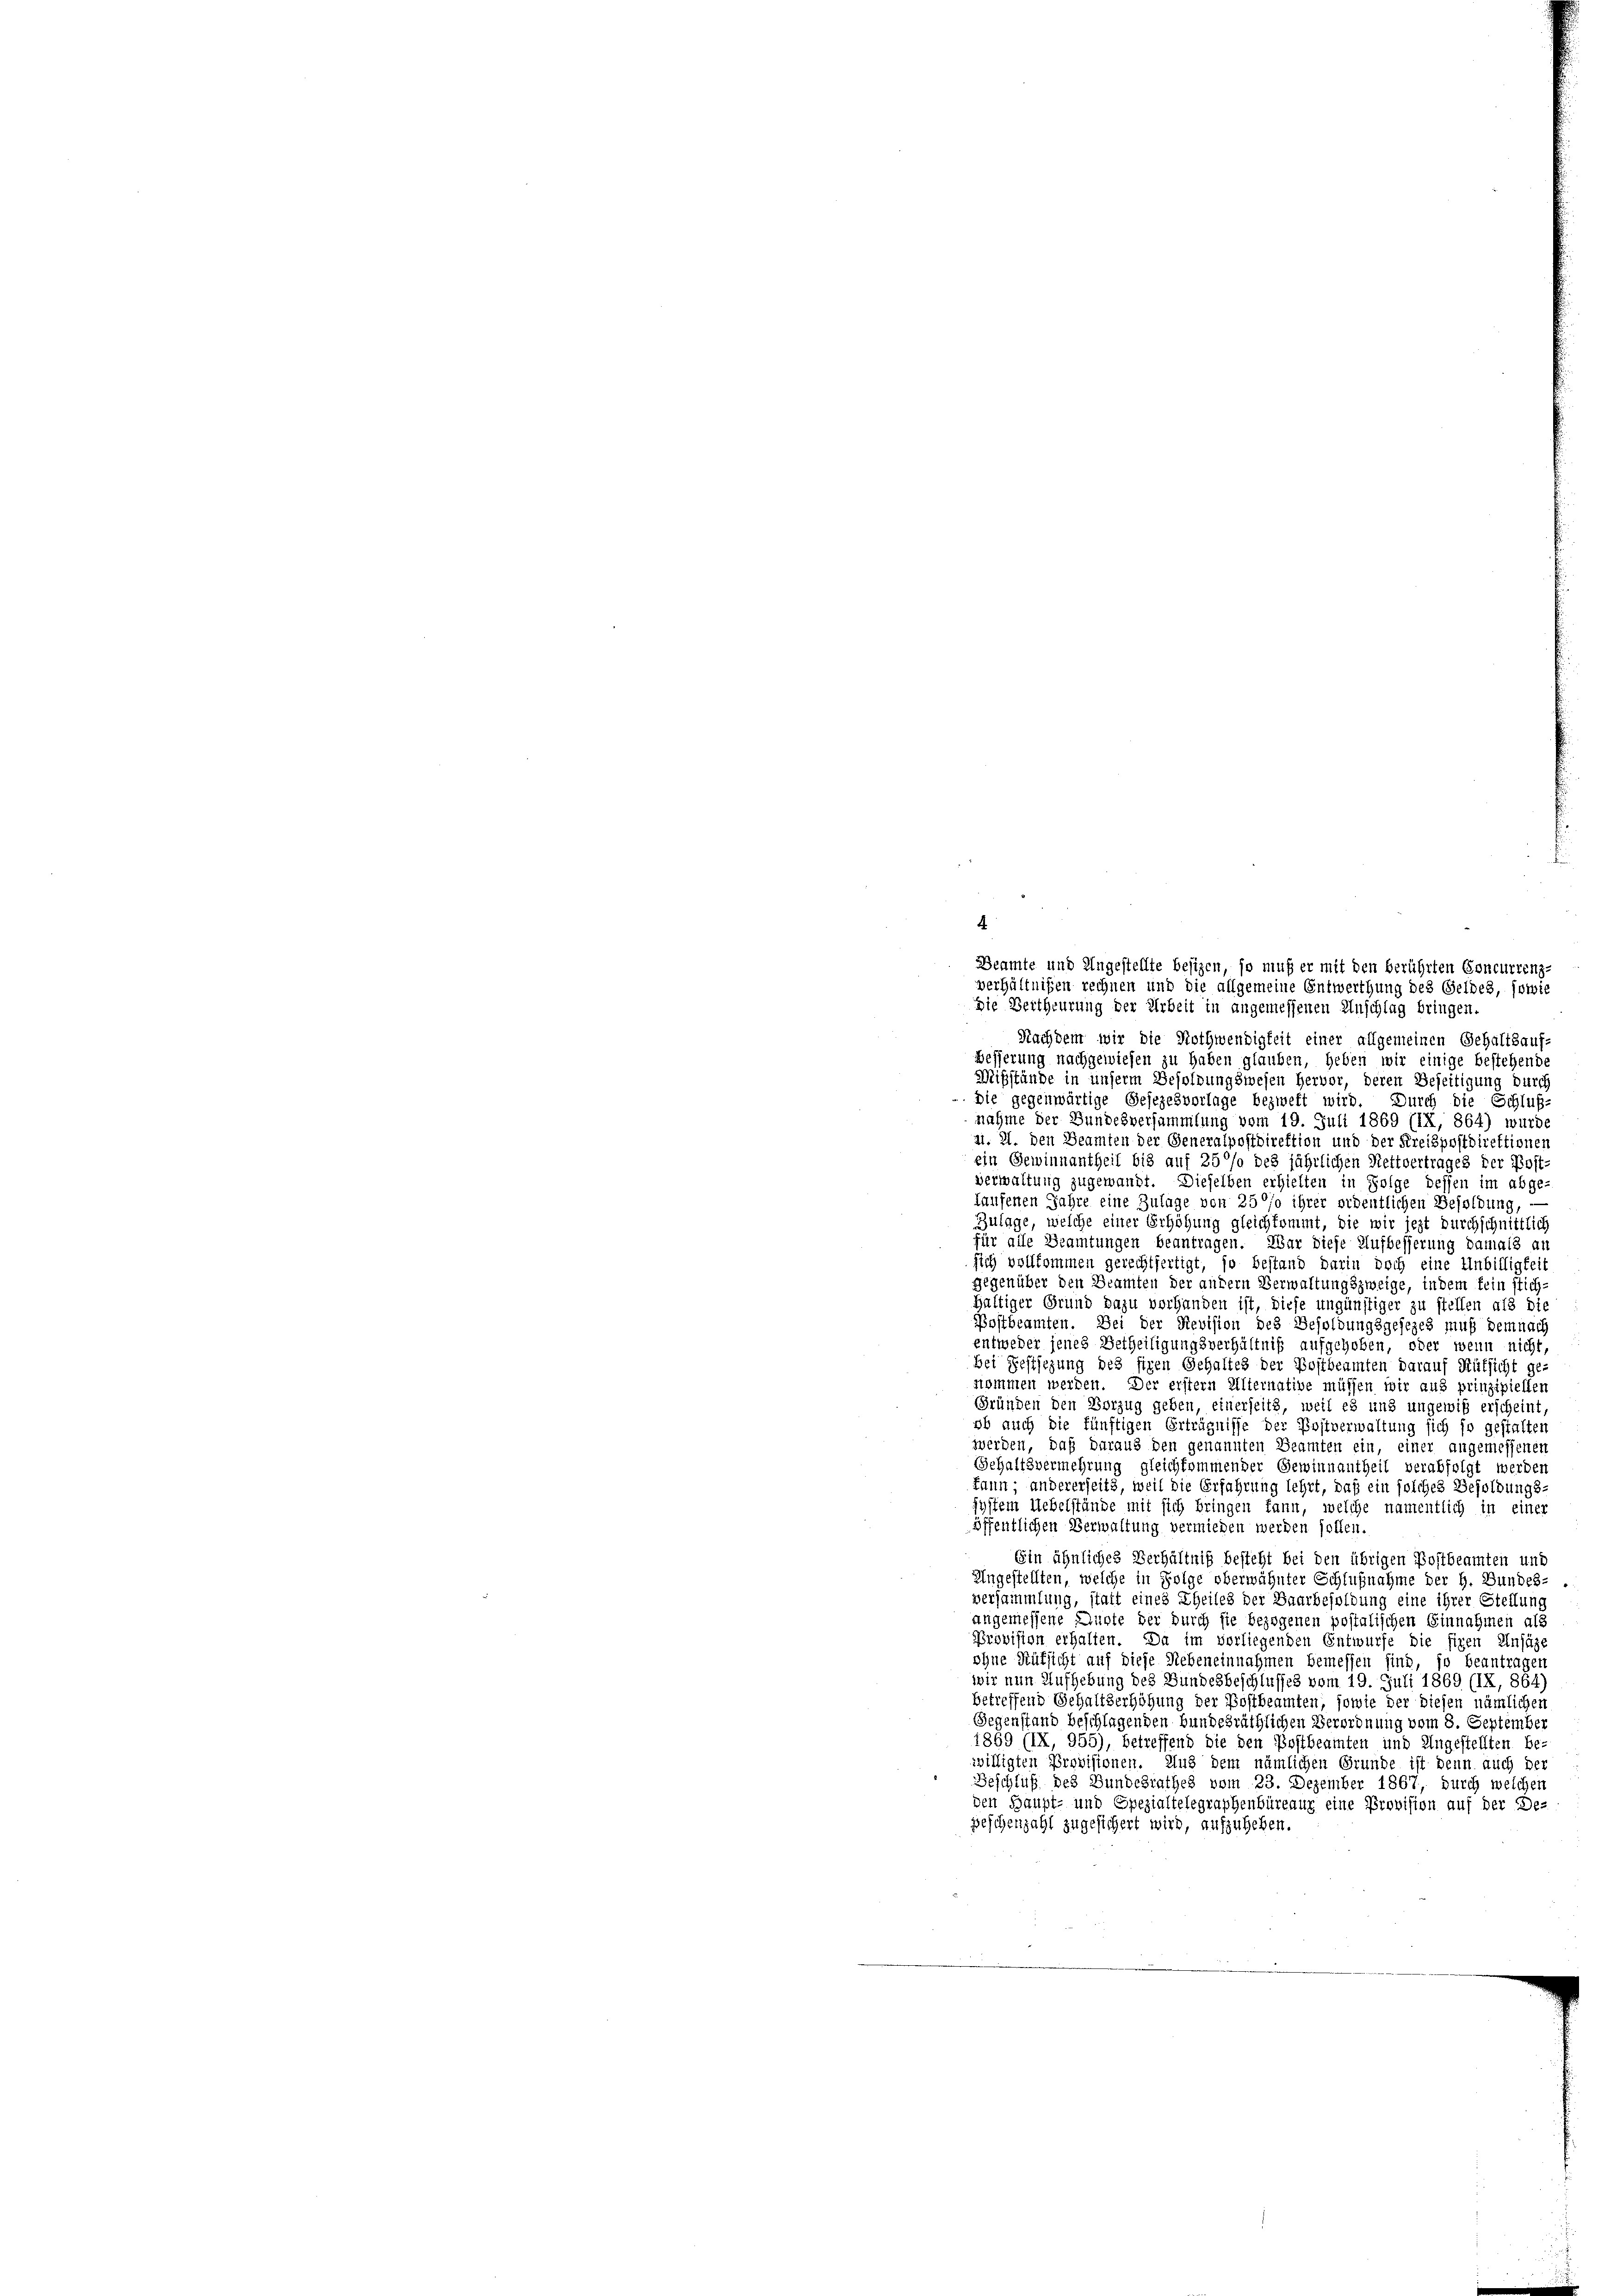
4
.
Beamte und Ungestellte besizen
muß er mit den berührten Concurrenz-
verhältnißen rechnen und die allgemeine Entwerthung des Geldes, sowie
Die Bertheurung der Arbeit in angemessenen Anschlag bringen.
Nachdem wir die Nothwendigkeit einer allgemeinen Gehaltsauf-
Besserung nachgewiesen zu haben glauben, heben wir einige bestehende
Mißstände in unserm Besoldungswesen hervor, deren Beseitigung durch
 Die gegenwärtige Gesezesvorlage bezweft wird. Durch die Schluß-
nahme der Bundesversammlung vom 19. Juli 1869 (1X, 864) wurde
ai. 21. den Beamten der Generalpostdirektion und der Kreispostdirektionen
ein Gewinnantheil bis auf 250% des jährlichen Rettvertrages der Post
verwaltung zugewandt. Dieselben erhielten in Folge dessen im abge-
Laufenen Jahre eine Zulage von 250% ihrer ordentlichen Besoldung, -
Zulage, welche einer Erhöhung gleichkommt, die wir jezt durchschnittlich
für alle Beamtungen beantragen. War diese Aufbesserung damals an
sich vollkommen gerechtfertigt, so bestand darin doch eine Unbilligkeit
gegenüber den Beamten der andern Verwaltungszweige, indem fein stich-
Haltiger Grund dazu vorhanden ist, diese ungünstiger zu stellen als die
Postbeamten. Sei der Revision des Besoldungsgesezes muß demnach
entweder jenes Betheiligungsverhältniß aufgehoben, oder wenn nicht
bei Festsezung des fixen Gehaltes der Postbeamten darauf Rüksicht ge-
nommen werden. Der erstem Alternative müssen wir aus prinzipiellen
Gründen den Vorzug geben, einerseits, weil es und ungewiß erscheint,
ob auch die künftigen Erträgnisse der Postverwaltung sich so gestalten
wwerden, daß daraus den genannten Beamten ein, einer angemessenen
Gehaltsvermehrung gleichkommender Gewinnantheil verabfolgt werden
kann; andererseits, weil die Erfahrung lehrt, daß ein solches Besoldungs
system Uebelstände mit sich bringen kann, welche namentlich in einer
öffentlichen Verwaltung vermieden werden sollen.
Ein ähnliches Verhältniß besteht bei den übrigen Postbeamten und
Angestellten, welche in Folge oberwähnter Schlußnahme der H. Bundes-
versammlung, statt eines Theiles der Baarbesoldung eine ihrer Stellung
angemessene Augte der durch sie bezogenen postalischen Einnahmen als
Provision erhalten. Da im vorliegenden Entwurfe die fixen Einsäze
ohne Rüksicht auf diese Nebeneinnahmen bemessen sind, so beantragen
wir nun Aufhebung des Bundesbeschlusses vom 19. Juli 1869 (IX, 864
betreffend Gehaltserhöhung der Bostbeamten, sowie der diesen nämlichen
Gegenstand beschlagenden bundesräthlichen Verordnung vom 8. September
1869 (IX, 955), betreffend die den Postbeamten und Ungestellten be-
willigten Provisionen. Auch dem nämlichen Grunde ist denn auch der
Beschluß des Bundesrathes vom 23. Dezember 1867, durch welchen
den Haupt- und Spezialtelegraphenbüreaux eine Provision auf der De-
peschenzahl zugesichert wird, aufzuheben.